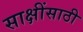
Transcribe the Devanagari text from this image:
साक्षींसाठी